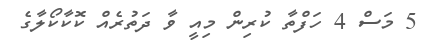
5 މަސް 4 ހަފްތާ ކުރިން މިއީ ވާ ދަތުރެއް ކޮކާކޯލާގެ